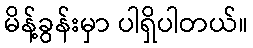
မိန့်ခွန်းမှာ ပါရှိပါတယ်။